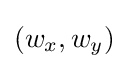
(w_{x},w_{y})